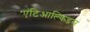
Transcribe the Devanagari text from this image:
एंटिआल्किडस